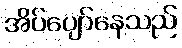
အိပ်ပျော်နေသည်